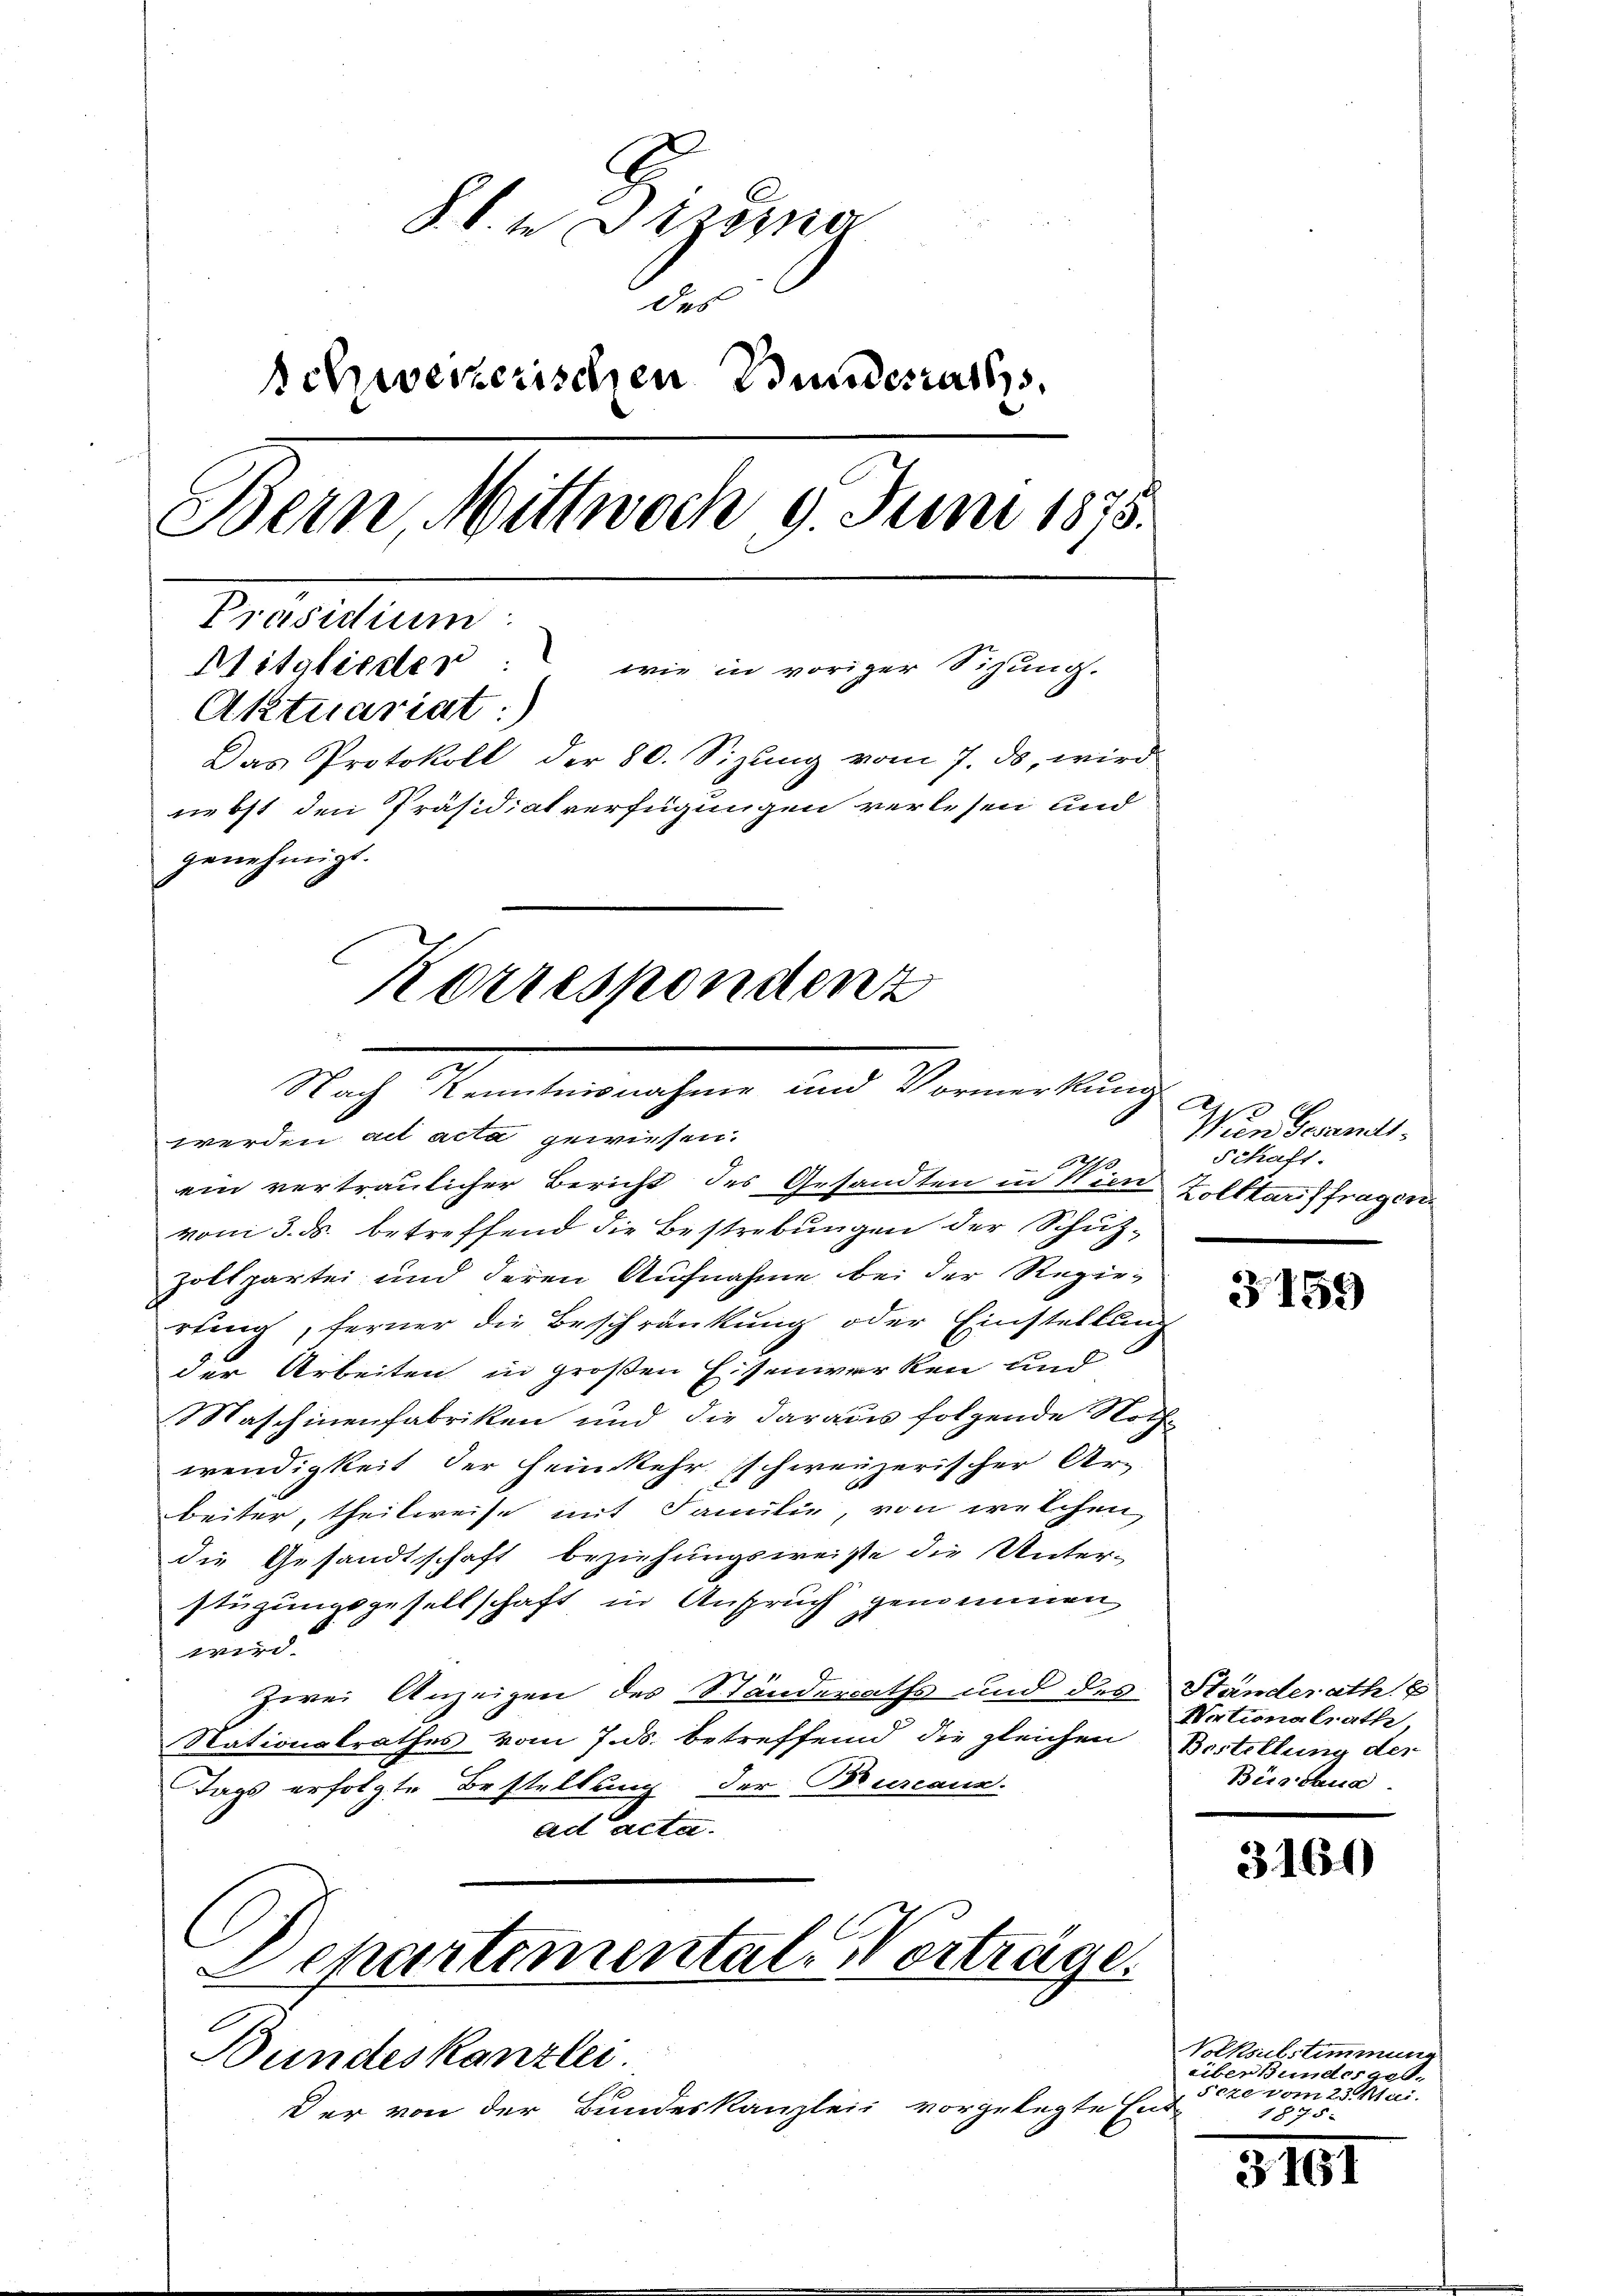
§. 8 te Stroma
des
schweizerischen Bundesrath
Bern Mittwoch, 9. Juni 1875.
Präsidium
Mitglieder: wie in voriger Sigŭng.
Aktuariat:)
Das Protokoll der 80. Sizŭng vom 7. ds, wird
nebst den Präsidialverfügungen verlesen und
genehmigt.
Korrespondenz

Nach Kenntnisnahme und Vormerkung u
werden ad acta gewiesen.

ein vertraulicher Bericht des Gesandten in Wien Zolltar fragen
vom 3. ds. betreffend die Bestrebungen der Schutz¬
Zoltpartei und deren Aufnahme bei der Regierling, ferner die Beschränkung oder Einstellung
der Arbeiten in großen Eisenwerken und
Maschinenfabriken und die daraus folgende Noth-
wendigkeit der Heimkehr schweizerischer Ar-
beiter, theilweise mit Familie, von welchen
die Gesandtschaft beziehungsweiste die Unter-
stüzungsgesellschaft in Anspruch genommen
17
zwei Anzeigen des Ständerraths und des Ständerath E
Nationalrathes vom 7. ds. betreffend die gleichen Bestellung der
Tags erfolgte Bestellung der Burcann.
ad acta.
Departementale Vorträge.

Bundeskanzlei

Der von der Bundeskanzlei vorgelegte Er

Wien Gesamtl
Schaft.

3159

Nationalrath,
Büsdaue

3160

Volksubstimmung
über Bundesges.
Provom 23. Sei
uch
1875.

3161